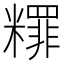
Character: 䊫